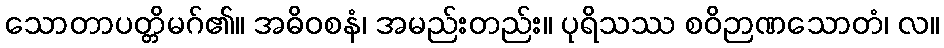
သောတာပတ္တိမဂ်၏။ အဓိဝစနံ၊ အမည်းတည်း။ ပုရိသဿ စဝိဉာဏသောတံ၊ လ။